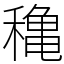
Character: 穐